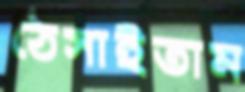
ঠেসাইতাম